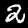
Digit: 2